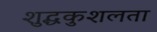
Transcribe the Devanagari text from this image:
शुद्धकुशलता